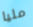
مليا